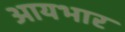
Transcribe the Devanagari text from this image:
आयभार